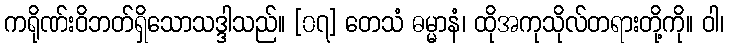
ကရိုဏ်းဝိဘတ်ရှိသောသဒ္ဒါသည်။ [၀၇] တေသံ ဓမ္မာနံ၊ ထိုအကုသိုလ်တရားတို့ကို။ ဝါ၊